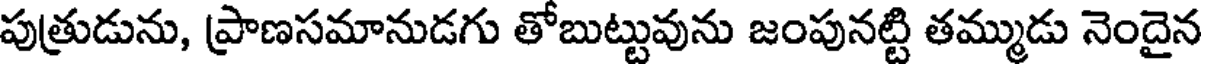
పుత్రుడును, ప్రాణసమానుడగు తోబుట్టువును జంపునట్టి తమ్ముడు నెందైన